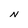
Character: N